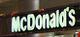
mcdonald's